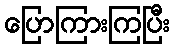
ပြောကြားကြပြီး